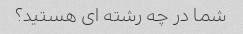
شما در چه رشته ای هستید؟